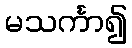
မသင်္ကာ၍